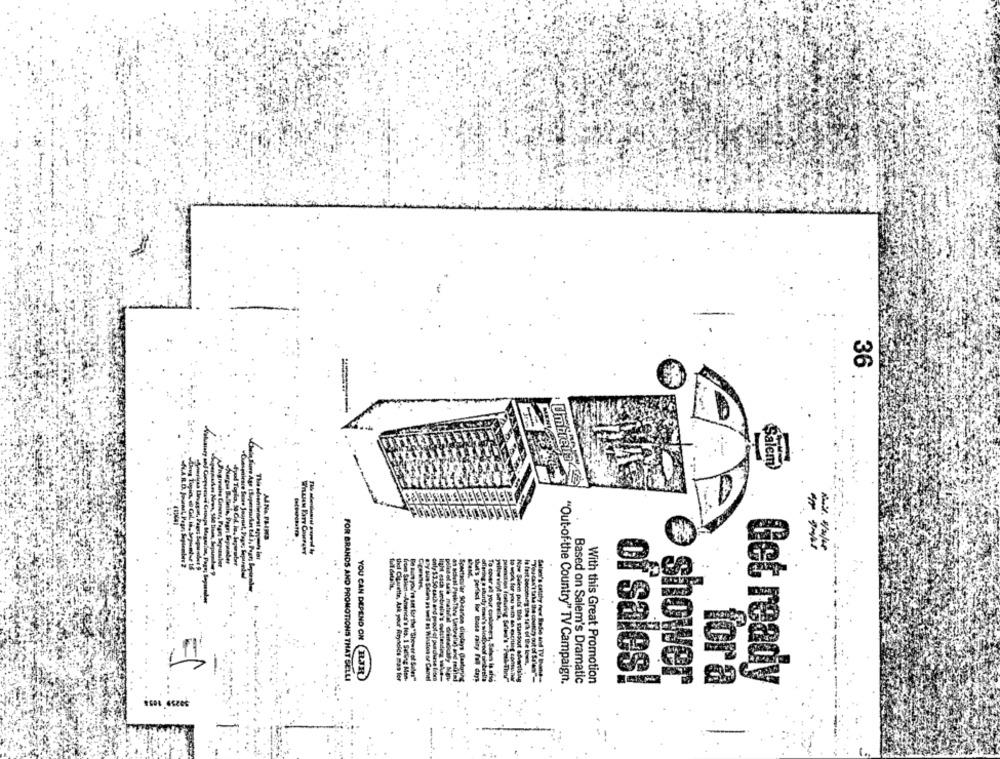
36
: Umbre
Salem
--
1
FOR BRANDS AND PROMOTIONS THAT SELLI
YOU CAN DEPEND ON ELJR
soles mas for
Spectacular SO-karten displays Century
to useit for you with an exciting consua
Now Salem puts this Flansout ofeggsiyi
Salses's catchyy new Radio and TV Bhome
youe Solen as wel es Winston or Camtl
thuit's perfect kor Base rainy fil days
To cover et your custome-1, Salons Is also
"Out-of-the Country" TV Campaign.
Based on Salem's Dramatic
With this Great Promotion
of sales!
shower
Get ready
for a